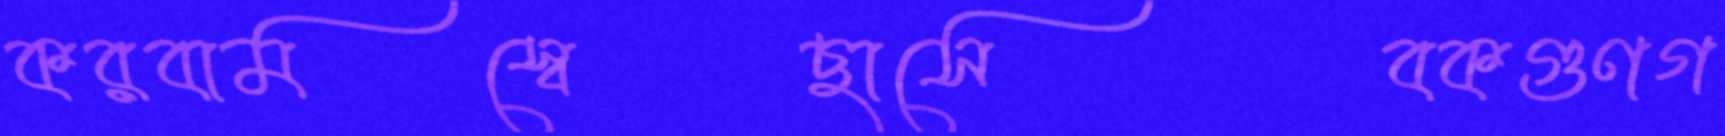
করবামস্বেছাসেবকগুণগ